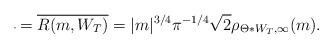
LaTeX: \begin{align*} \overline{_{}}=\overline{R(m,W_T)}=|m|^{3/4}\pi^{-1/4}\sqrt{2}\rho_{\Theta*W_T,\infty}(m).\end{align*}